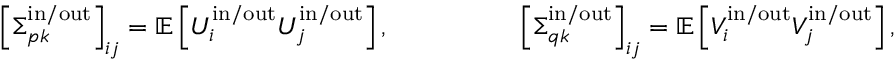
\begin{array} { r l } { \left[ \boldsymbol { \Sigma } _ { p k } ^ { \mathrm { i n } / \mathrm { o u t } } \right] _ { i j } = \mathbb { E } \left[ U _ { i } ^ { \mathrm { i n } / \mathrm { o u t } } U _ { j } ^ { \mathrm { i n } / \mathrm { o u t } } \right] , } & { \qquad \qquad \left[ \boldsymbol { \Sigma } _ { q k } ^ { \mathrm { i n } / \mathrm { o u t } } \right] _ { i j } = \mathbb { E } \left[ V _ { i } ^ { \mathrm { i n } / \mathrm { o u t } } V _ { j } ^ { \mathrm { i n } / \mathrm { o u t } } \right] , } \end{array}